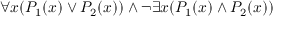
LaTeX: \forall x ( P _ { 1 } ( x ) \lor P _ { 2 } ( x ) ) \land \lnot \exists x ( P _ { 1 } ( x ) \land P _ { 2 } ( x ) )